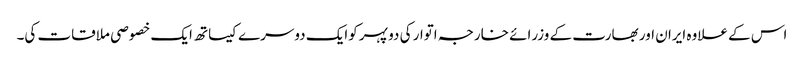
اس کے علاوہ ایران اور بھارت کے وزرائے خارجہ اتوار کی دو پہر کوایک دوسرے کیساتھ ایک خصوصی ملاقات کی۔